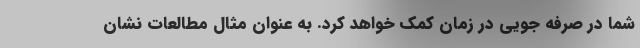
شما در صرفه جویی در زمان کمک خواهد کرد. به عنوان مثال مطالعات نشان